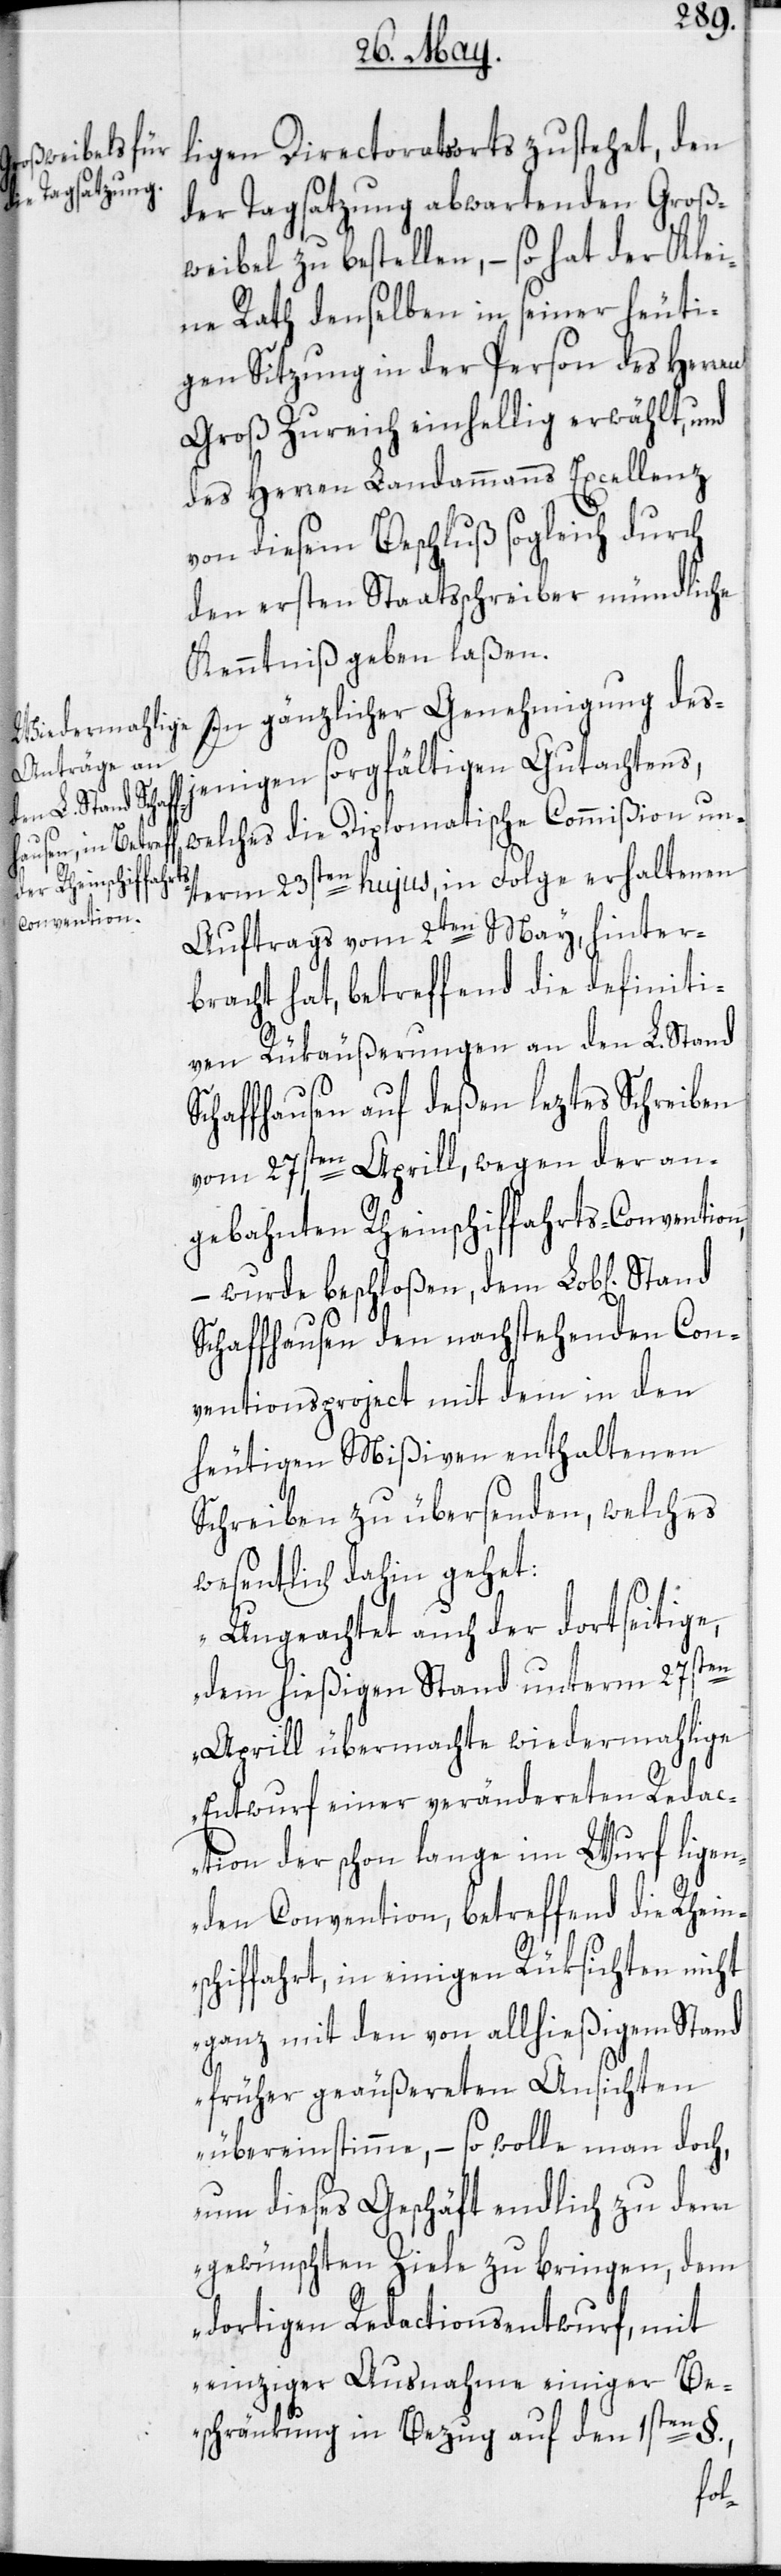
ligen Directoratsorts zustehet, den
der Tagsatzung abwartenden Groß¬
weibel zu bestellen, – so hat der Klei¬
ne Rath denselben in seiner heuti¬
gen Sitzung in der Person des Herren
Groß Zureich einhellig erwählt, und
des Herren Landammanns Excellenz
von diesem Beschluß sogleich durch
den ersten Staatsschreiber mündliche
Kenntniß geben laßen.
In gänzlicher Genehmigung des¬
jenigen sorgfältigen Gutachtens,
welches die Diplomatische Commißion un¬
term 23sten hujus, in Folge erhaltenen
Auftrags vom 2ten May, hinter¬
bracht hat, betreffend die definiti¬
ven Rükäußerungen an den L. Stand
Schaffhausen auf deßen leztes Schreiben
vom 27sten Aprill, wegen der an¬
gebahnten Rheinschiffahrts-Convention,
– wurde beschloßen, dem Lob[lichen]
Schaffhausen den nachstehenden Con¬
ventionsprojekt mit dem in den
heutigen Mißiven enthaltenen
Schreiben zu übersenden, welches
wesentlich dahin gehet:
„Ungeachtet auch der dortseitige,
dem hießigen Stand unterm 27sten
Aprill übermachte wiedermahlige
Entwurf einer verändereten Redac¬
tion der schon lange im Wurf ligen¬
den Convention, betreffend die Rhein¬
schiffahrt, in einigen Rüksichten nicht
ganz mit den von allhießigem Stand
früher geäußereten Ansichten
übereinstimme, – so wolle man doch,
um dieses Geschäft endlich zu dem
gewünschten Ziele zu bringen, dem
dortigen Redactionsentwurf, mit
einziger Ausnahme einiger Be¬
schränkung in Bezug auf den 1sten §.,